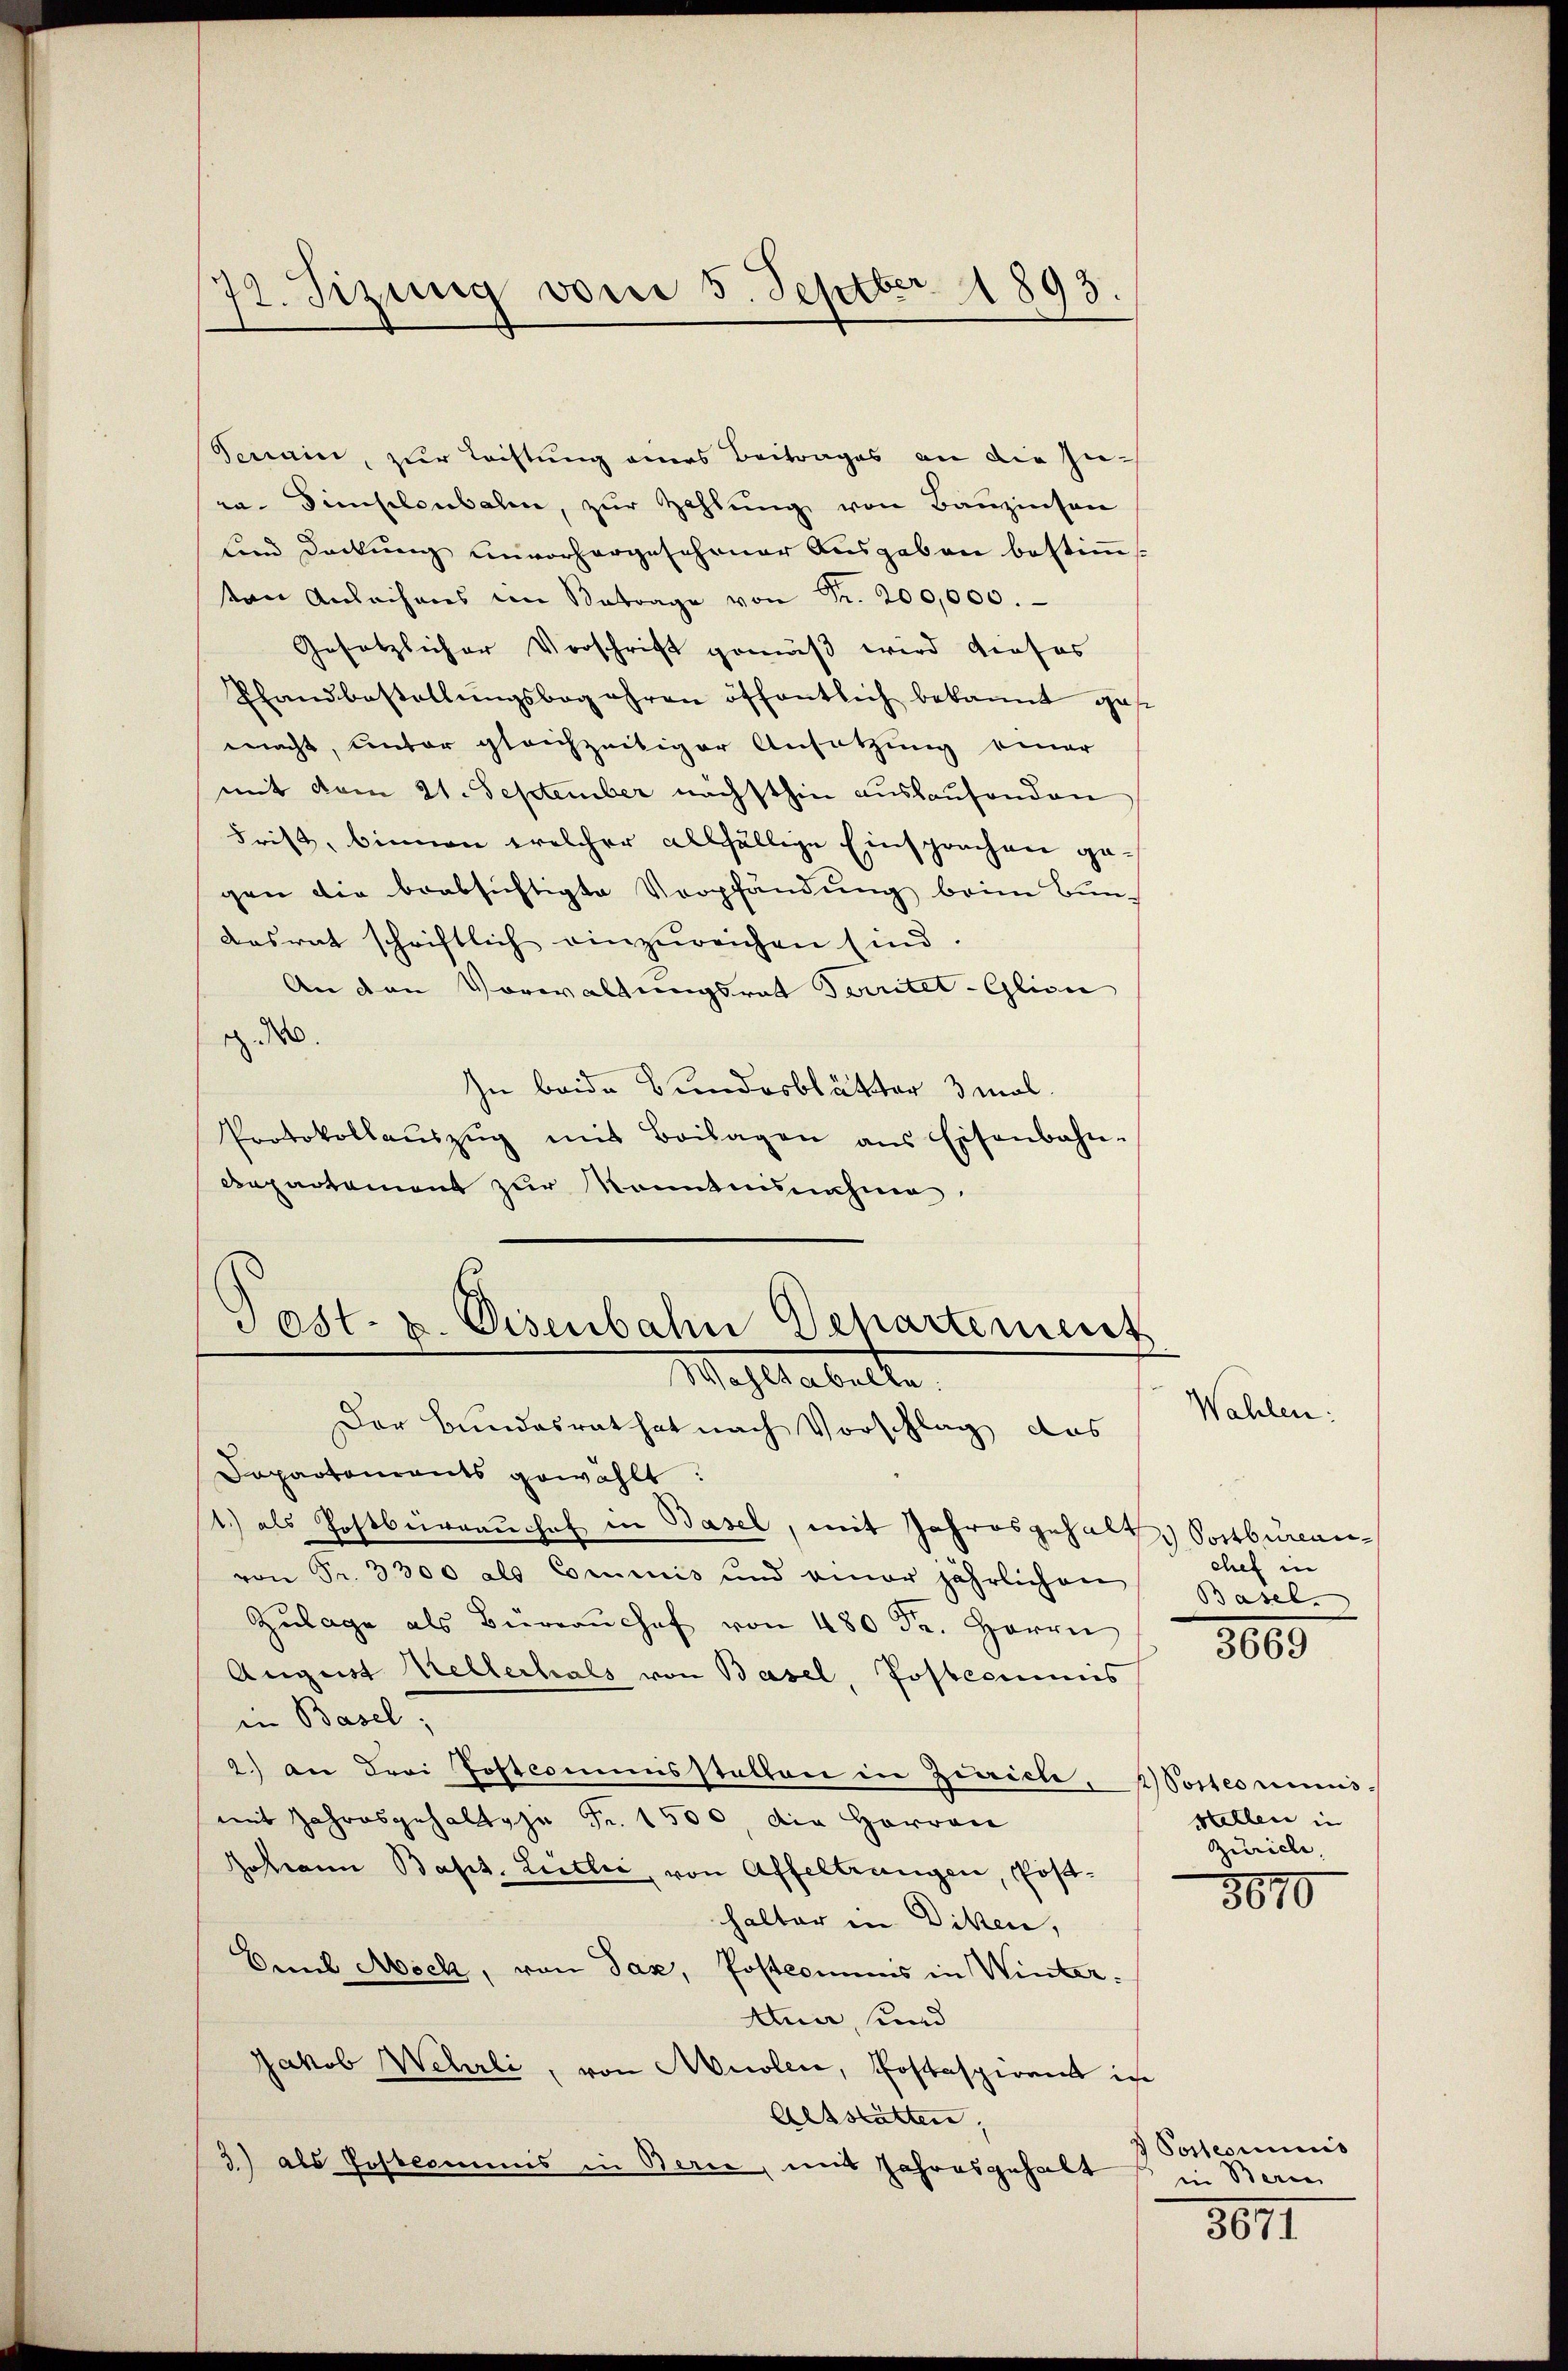
72. Sizung von 5. Septber 1893.

Terrain, zur Tochtung eines Beitrages an die Ziean. Dienselenbalen, zur Zahlung von Bauzinsen
Land Deckung unvorhergeschener Ausgaben bestimmt.
ten Anleihens im Betrage von Fr. 200,000.
Gesetzlicher Vorschrift gemäß wird dieses
Ehandbestellŭngsbegehren öffentlich bekannt gese
macht, unter gleichzeitiger Ansatzung einer
mit vom 21. September nächsthin auskaufenden
Frist, binnen welcher allfällige Einsprachen gegen die beabsichtigte Verpfändung beim Bundosrat schriftlich einzŭreichen sind.
An den Vorwaltungsrat Territet-Glion
. 0.
In beide Bundesblätter 3 mal
Protokollaŭszŭg mit Beilagen ans Eisenbahn-
Departement zur Kenntnisnahme

Post- u. Eisenbahn Departement
Mahlhabelle

Der Bundesrat hat nach Vorschlag das
Dapartements gewählt:
1.) als Postbürrauchef in Basel, mit Jahresgehalt. Postbureauvon Fr. 3300 als Commis und einer jährlichen
Zŭlage als Büreaŭshof von 480 Fr. Herrn
August Mellerhals von Basel, Postcommis
in Basel;
2.) An drei Postcommisstatten in Zeiche, Wortenmus-
mit Jahresgehalt ja Fr. 1500, die Herren
Johann Bapt. Lutter, von Affeltrangen, Post-
halter in Dikten,
Deul Möck, von Tax, Postcommis in Winter¬
Auer, und
Jakob Wehrli, von Mollie, Postaspirant in
Altstätter,
3) als Postcommis in Berie, mit Jahresgehalt

Wahlen.

chef in
Basel.

3665

stellen in
Zürich,

8670

Postcommis
in Beri

8811